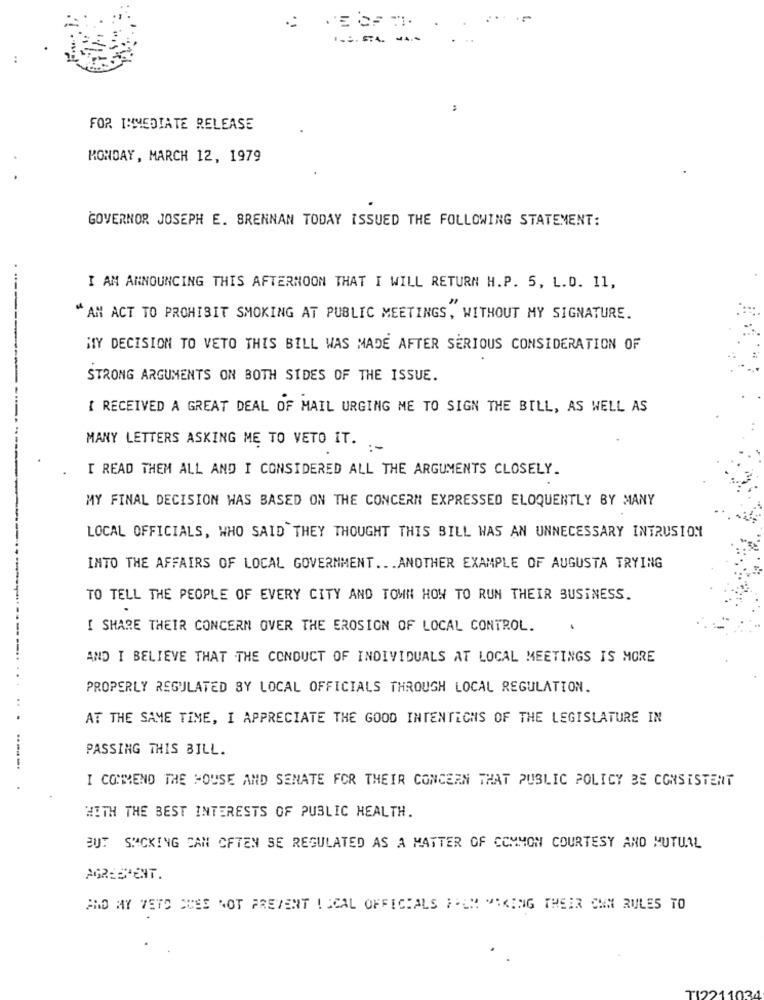
....
FOR IMMEDIATE RELEASE
MONDAY, MARCH 12, 1979
GOVERNOR JOSEPH E. BRENNAN TODAY ISSUED THE FOLLOWING STATEMENT:
I AM ANNOUNCING THIS AFTERNOON THAT I WILL RETURN H.P. 5, L.D. 11,
" AM ACT TO PROHIBIT SMOKING AT PUBLIC MEETINGS, WITHOUT MY SIGNATURE.
MY DECISION TO VETO THIS BILL WAS MADE AFTER SERIOUS CONSIDERATION OF
STRONG ARGUMENTS ON BOTH SIDES OF THE ISSUE.
I RECEIVED A GREAT DEAL OF MAIL URGING ME TO SIGN THE BILL, AS WELL AS
MANY LETTERS ASKING ME TO VETO IT. .
:-
I READ THEM ALL AND I CONSIDERED ALL THE ARGUMENTS CLOSELY.
MY FINAL DECISION WAS BASED ON THE CONCERN EXPRESSED ELOQUENTLY BY MANY
LOCAL OFFICIALS, WHO SAID THEY THOUGHT THIS BILL WAS AN UNNECESSARY INTRUSION
INTO THE AFFAIRS OF LOCAL GOVERNMENT ... ANOTHER EXAMPLE OF AUGUSTA TRYING
TO TELL THE PEOPLE OF EVERY CITY AND TOWN HOW TO RUN THEIR BUSINESS.
I SHARE THEIR CONCERN OVER THE EROSION OF LOCAL CONTROL.
AND I BELIEVE THAT THE CONDUCT OF INDIVIDUALS AT LOCAL MEETINGS IS MORE
PROPERLY REGULATED BY LOCAL OFFICIALS THROUGH LOCAL REGULATION.
AT THE SAME TIME, I APPRECIATE THE GOOD INTENTIONS OF THE LEGISLATURE IN
PASSING THIS BILL.
......
I COMMEND THE HOUSE AND SENATE FOR THEIR CONCERN THAT PUBLIC POLICY BE CONSISTENT
WITH THE BEST INTERESTS OF PUBLIC HEALTH.
BUT SACKING CAN OFTEN SE REGULATED AS A MATTER OF COMMON COURTESY AND MUTUAL
AGRESIENT.
AND MY VETO QUES NOT PREVENT ( SCAL OFFICIALS #UM "KING THEIR OWN RULES TO